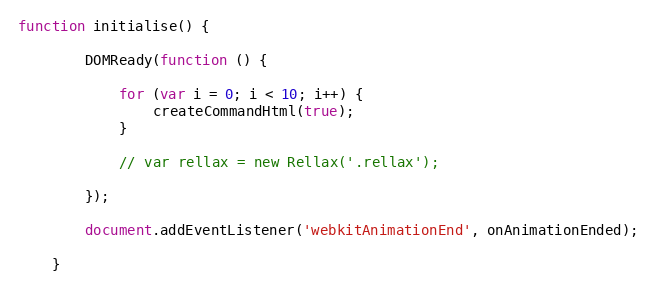
Language: JavaScript
function initialise() {

	    DOMReady(function () {

	    	for (var i = 0; i < 10; i++) {
				createCommandHtml(true);
	    	}

			// var rellax = new Rellax('.rellax');

	    });

	    document.addEventListener('webkitAnimationEnd', onAnimationEnded);

	}